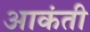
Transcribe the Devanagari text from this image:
आकंती